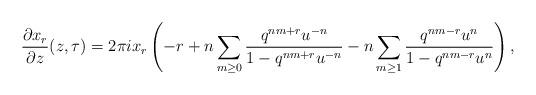
LaTeX: \begin{align*} \frac{\partial x_r}{\partial z}(z,\tau)=2\pi i x_r\left( -r + n \sum_{m \geq 0} \frac{q^{nm+r}u^{-n}}{1-q^{nm+r}u^{-n}}-n \sum_{m \geq 1} \frac{q^{nm-r}u^{n}}{1-q^{nm-r}u^{n}}\right) ,\end{align*}